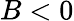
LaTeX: B<0